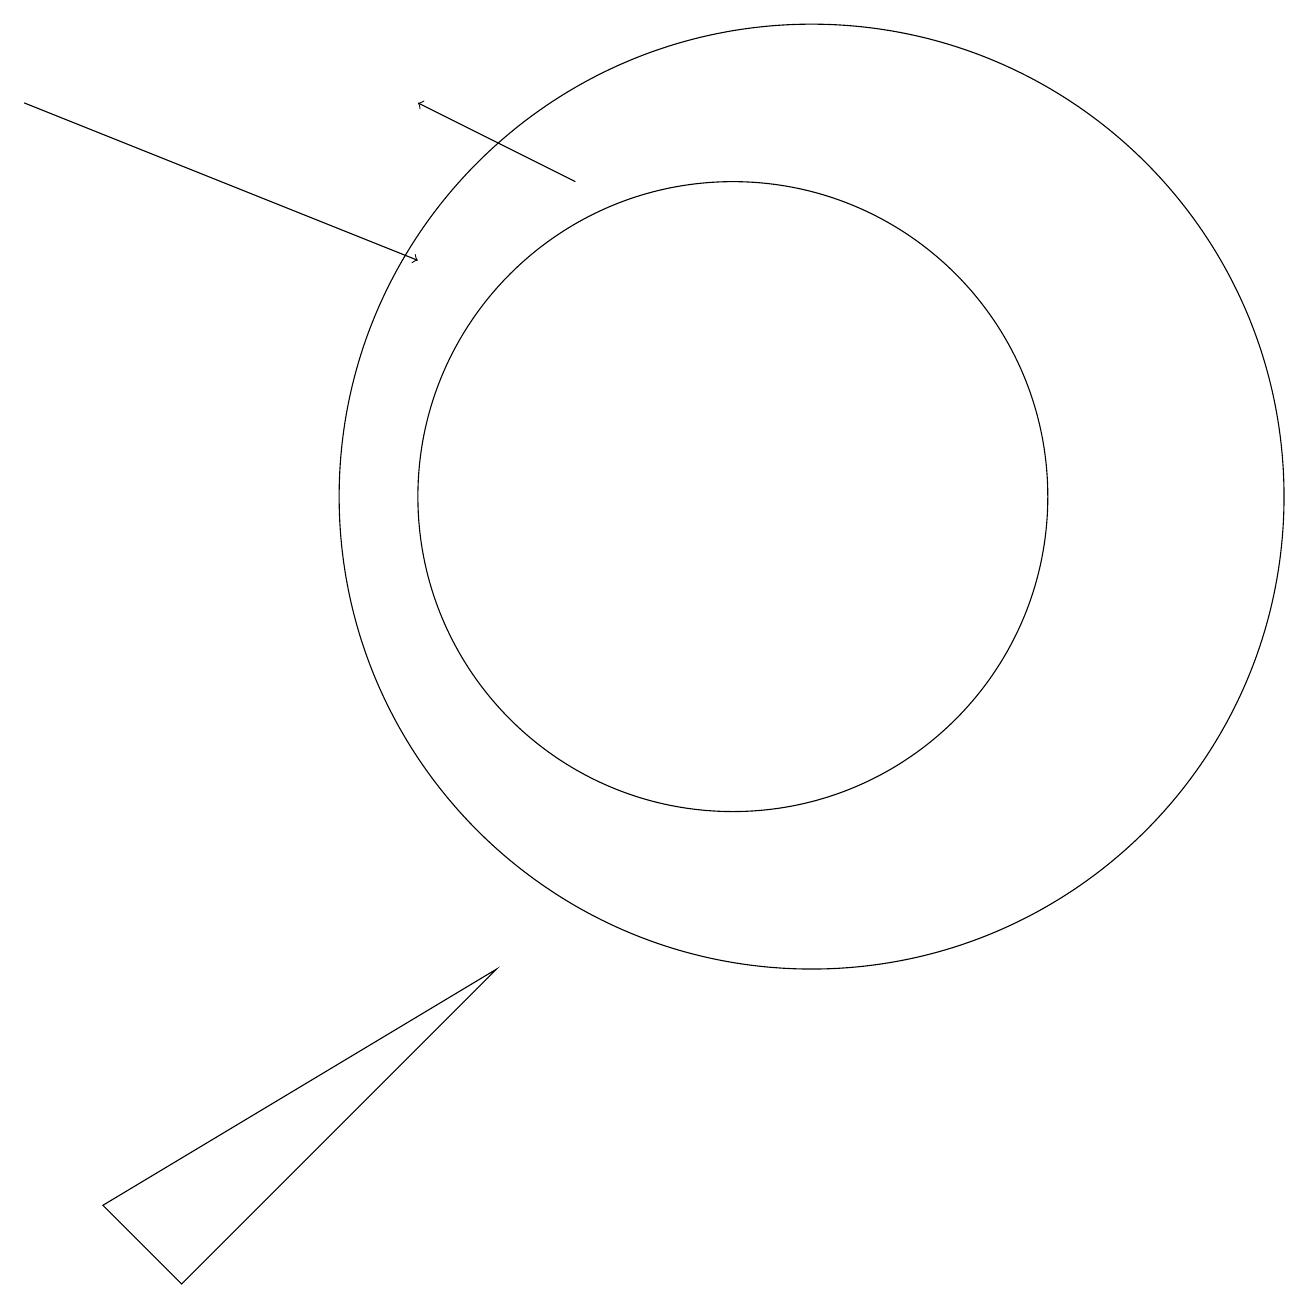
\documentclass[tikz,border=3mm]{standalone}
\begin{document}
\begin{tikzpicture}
\draw[->] (8,15) -- (6,16);
\draw[->] (1,16) -- (6,14);
\draw (10,11) circle (4);
\draw (11,11) circle (6);
\draw (3,1) -- (2,2) -- (7,5) -- cycle;
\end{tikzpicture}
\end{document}